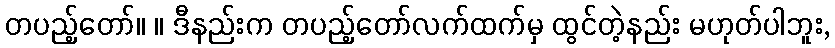
တပည့်တော်။ ။ ဒီနည်းက တပည့်တော်လက်ထက်မှ ထွင်တဲ့နည်း မဟုတ်ပါဘူး,